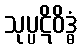
သုပ္ပဋိဝိဒ္ဓံ